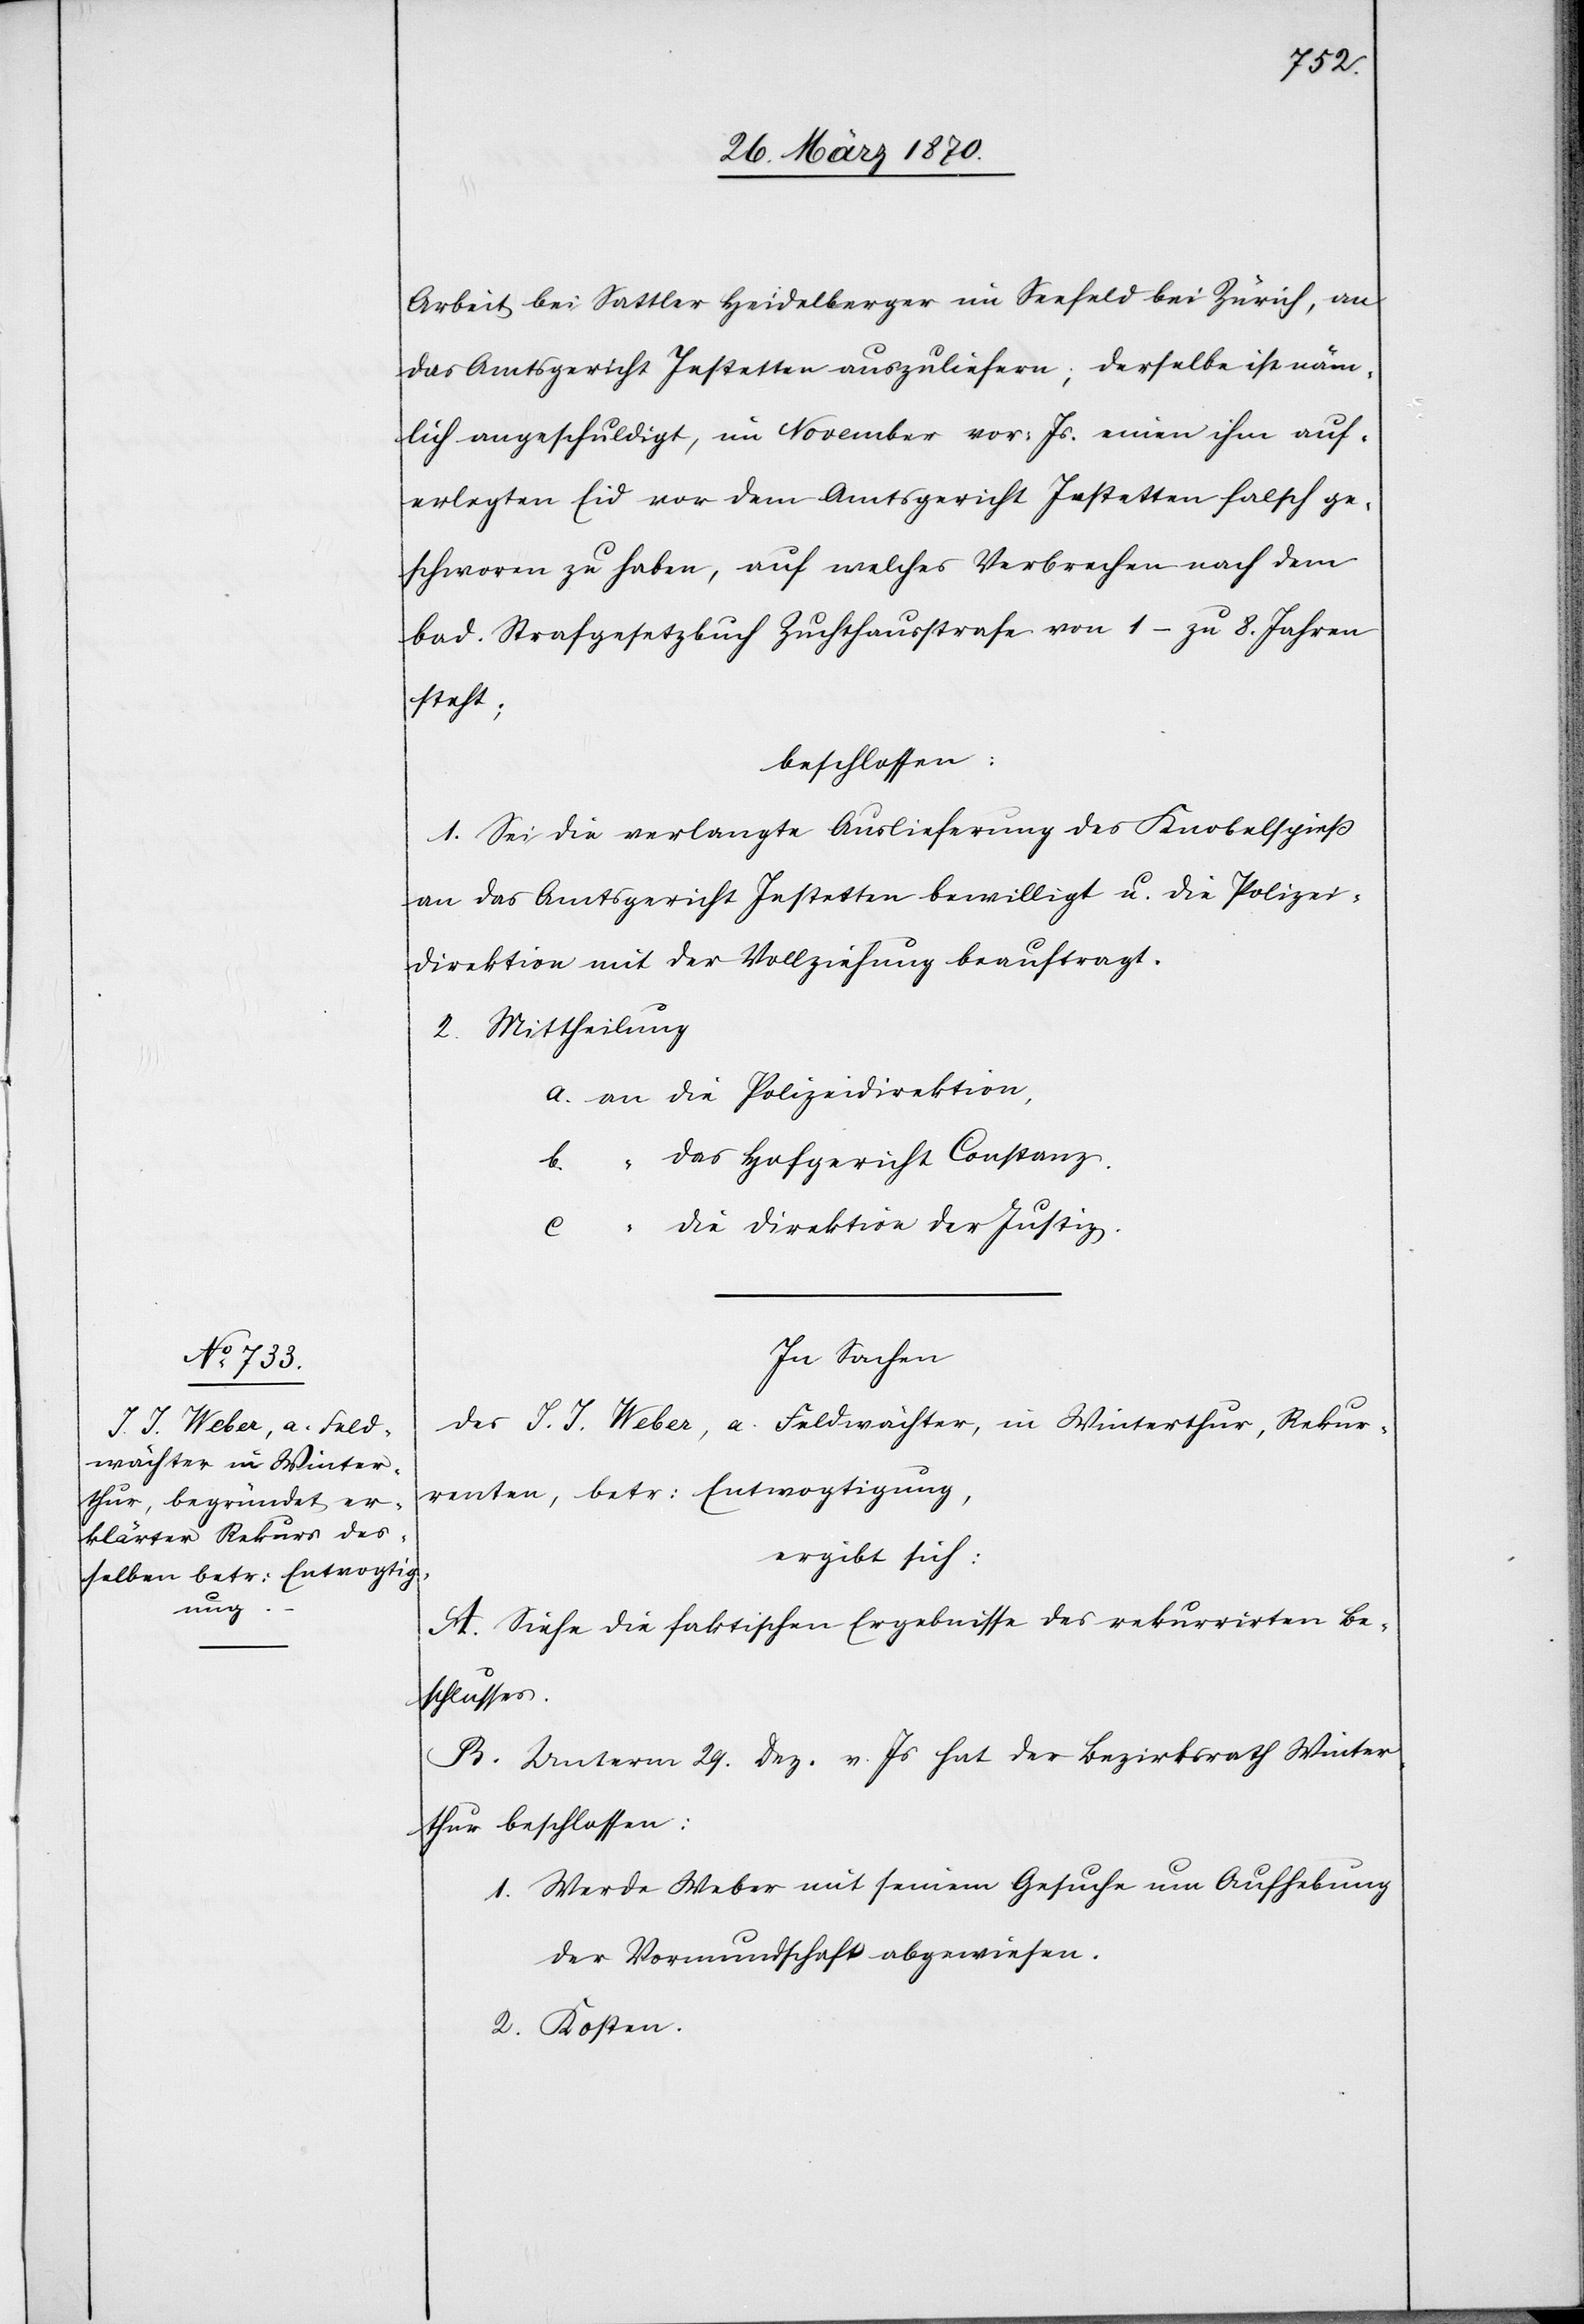
Arbeit bei Sattler Heidelberger im Seefeld bei Zürich, an
das Amtsgericht Jestetten auszuliefern; derselbe ist näm¬
lich angeschuldigt, im November vor: Js. einen ihm auf¬
erlegten Eid vor dem Amtsgericht Jestetten falsch ge¬
schworen zu haben, auf welches Verbrechen nach dem
bad. Strafgesetzbuch Zuchthausstrafe von 1 – zu 8. Jahren
steht;
beschlossen:
1. Sei die verlangte Auslieferung des Knobelspieß
an das Amtsgericht Jestetten bewilligt u. die Polizei¬
direktion mit der Vollziehung beauftragt.
2. Mittheilung
a. an die Polizeidirektion,
b. “ das Hofgericht Constanz,
c. “ die Direktion der Justiz.
In Sachen
des J. J. Weber, a. Feldwächter, in Winterthur, Rekur¬
renten, betr: Entvogtigung,
ergibt sich:
A. Siehe die faktischen Ergebnisse des rekurrirten Be¬
schlusses.
B. Unterm 29. Dez. v. Js hat der Bezirksrath Winter¬
thur beschlossen:
1. Werde Weber mit seinem Gesuche um Aufhebung
der Vormundschaft abgewiesen.
2. Kosten.